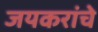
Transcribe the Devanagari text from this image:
जयकरांचे